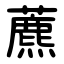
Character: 藨